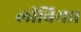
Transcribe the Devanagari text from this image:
लीबिया।